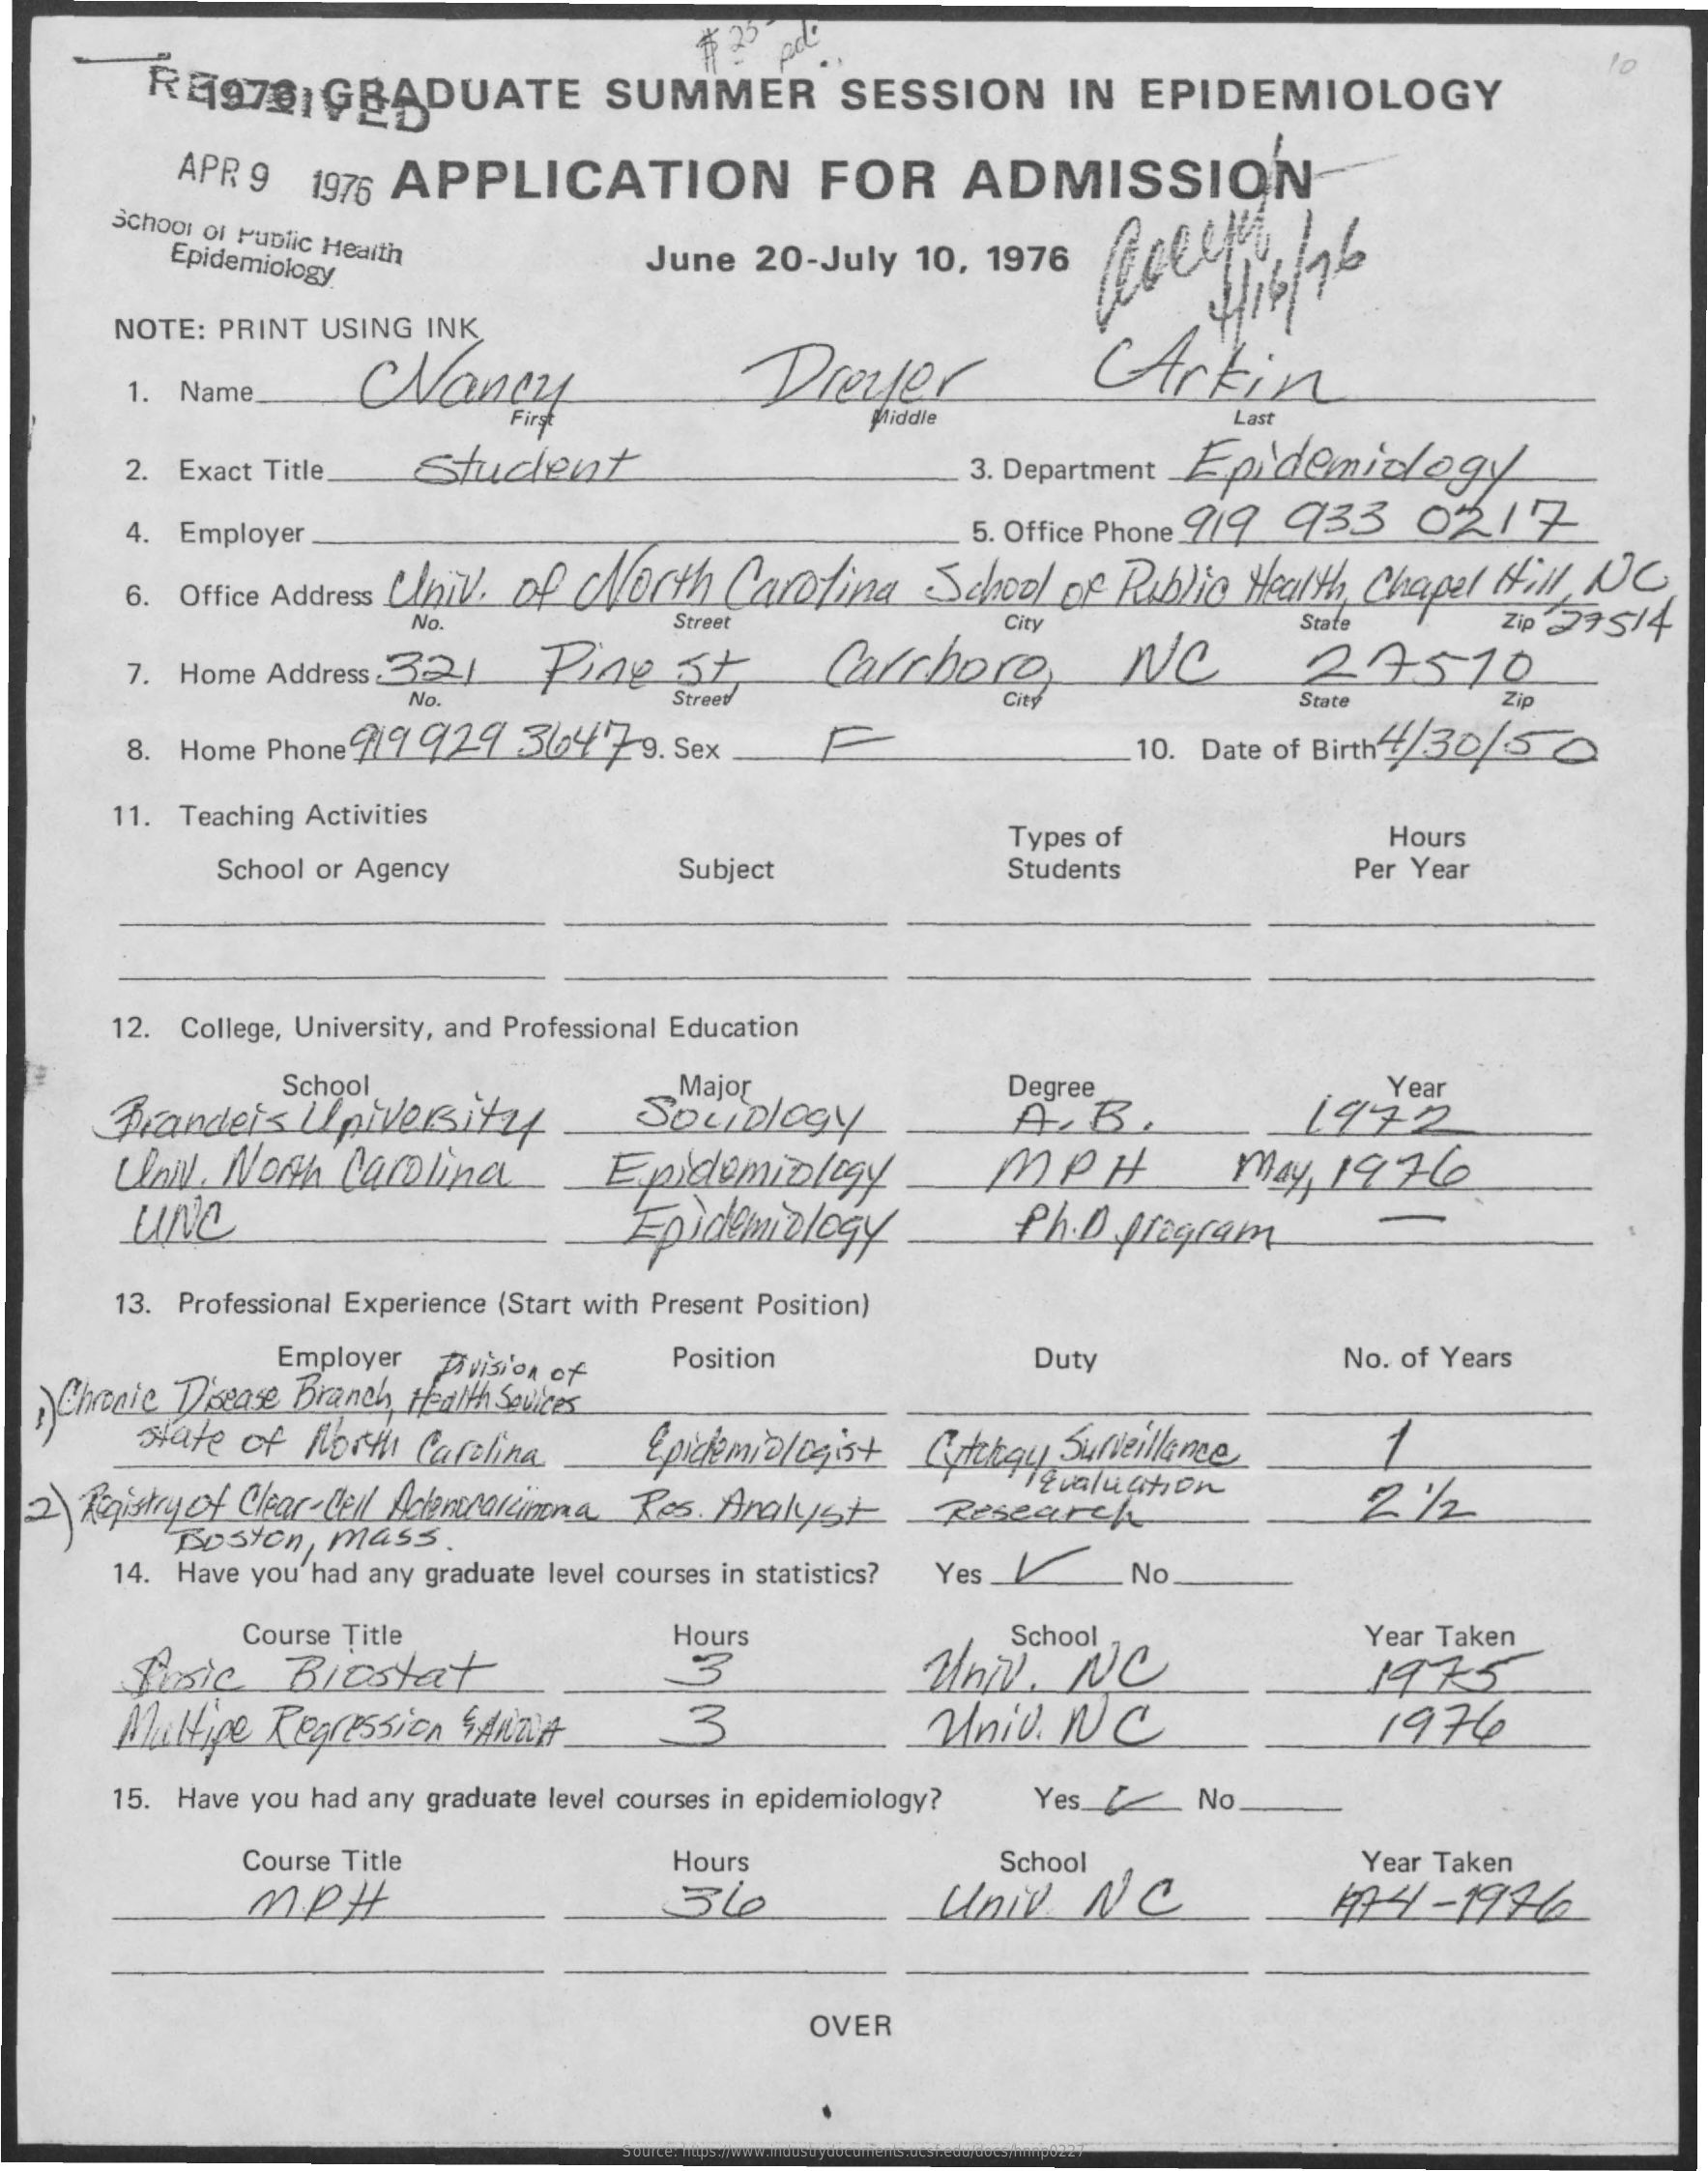
RE1978| GRADUATE    SUMMER    SESSION   IN  EPIDEMIOLOGY
     APR 9 1976 APPLICATION    FOR    ADMISSION
     School of Public Health Epidemiology June 20-July 10, 1976
     NOTE: PRINT USING INK
     1. Name    Nancy    Dreyer    Arkin
     přiddie
     2. Exact Title. Student    Epidemiology
     Last
     3. Department
     4. Employer    5. Office Phone 919 733 02 / 7
     6. Office Address Univ. of North Carolina School of Public Health, Chapel Hill , NC
     No.    Street
     7. Home Address 321 Pay st,    Carchore
     City
     NC
     State
     29510
     Zip 29514
     No.    Street    City    State    Zip
     8. Home Phone919 929 364 79. Sex    10. Date of Birth4/ 30/3 2
     11. Teaching Activities
     Types of    Hours
     School or Agency    Subject    Students    Per Year
     12. College, University, and Professional Education
     School
     Brandeis University
     Major
     SOLIDlogy
     Degree
     A.B.
     Year
     1972
     Univ. North Carolina  Epidemiology    MPH    May, 1976
     une    Epidemiology.    Ph. D.program
     13. Professional Experience (Start with Present Position)
     Employer Dvision of Position    Duty    No. of Years
  1)Chronic Disease Branch Health Sevices
     state of North Carolina Epidemiologist Cutehogy Surveillance,
  2 ) Registry of Clear- Cell Adenocarcinoma Res. Analyst Research
     Evaluation
     1
     Boston, mass.
     14. Have you'had any graduate level courses in statistics? Yes _L . No
     Course Title
     fisic Biostat
     Hours
     3
     School
     Univ. NC
     Year Taken
     Multiple Regression SANTA 3    Univ. NC
     1975
     1976
     15. Have you had any graduate level courses in epidemiology? Yes / No.
     Course Title    Hours    School
     MPH    Univ  NC
     Year Taken
     1974-1996
     OVER
     Source: https://www.industrydocuments.ucsf.edu/docs/hnnp0227